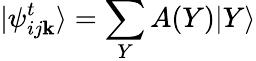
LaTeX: |\psi_{ij\mathbf{k}}^{t}\rangle=\sum_{Y}A(Y)|Y\rangle